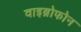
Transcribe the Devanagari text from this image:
वाइब्रोफोन